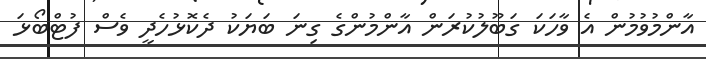
އާންމުވުމުން އެ ވާހަކަ ގަބޫލުކުރަން އާންމުންގެ ގިނަ ބަޔަކު ދެކޮޅުހެދީ ވެސް ފުޓްބޯޅަ